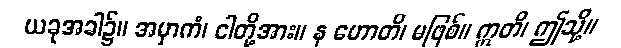
ယခုအခါ၌။ အမှာကံ၊ ငါတို့အား။ န ဟောတိ၊ မဖြစ်။ ဣတိ၊ ဤသို့။